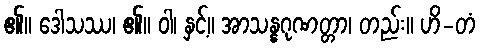
၏။ ဒေါသဿ၊ ၏။ ဝါ၊ နှင့်။ အာသန္နဂုဏတ္တာ၊ တည်း။ ဟိ-တံ